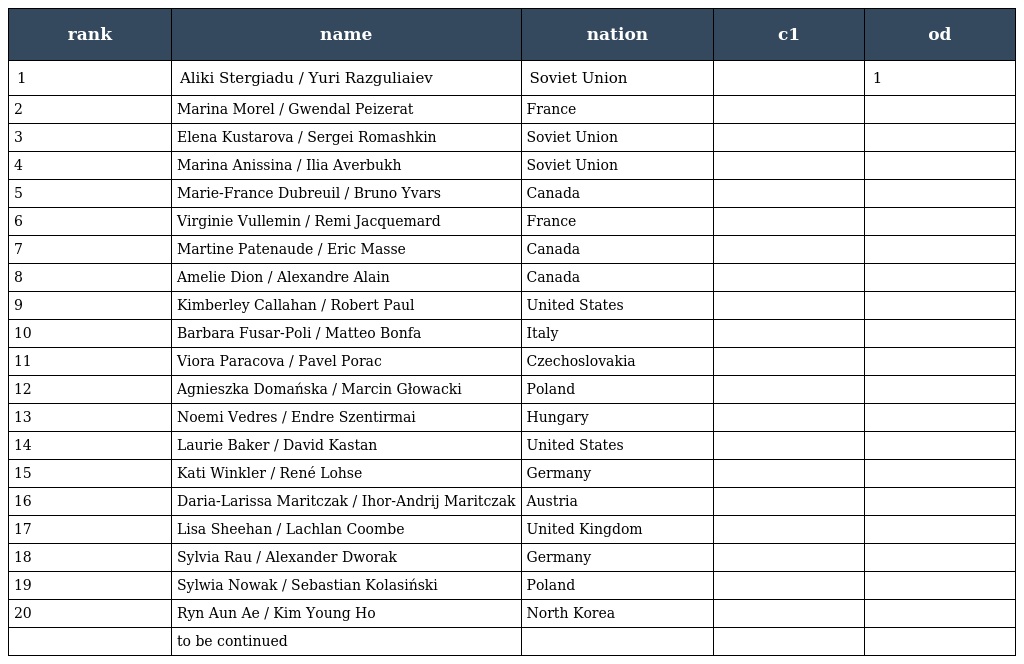
| rank | name | nation | c1 | od |
 | --- | --- | --- | --- | --- |
 | 1 | Aliki Stergiadu / Yuri Razguliaiev | Soviet Union |  | 1 |
 | 2 | Marina Morel / Gwendal Peizerat | France |  |  |
 | 3 | Elena Kustarova / Sergei Romashkin | Soviet Union |  |  |
 | 4 | Marina Anissina / Ilia Averbukh | Soviet Union |  |  |
 | 5 | Marie-France Dubreuil / Bruno Yvars | Canada |  |  |
 | 6 | Virginie Vullemin / Remi Jacquemard | France |  |  |
 | 7 | Martine Patenaude / Eric Masse | Canada |  |  |
 | 8 | Amelie Dion / Alexandre Alain | Canada |  |  |
 | 9 | Kimberley Callahan / Robert Paul | United States |  |  |
 | 10 | Barbara Fusar-Poli / Matteo Bonfa | Italy |  |  |
 | 11 | Viora Paracova / Pavel Porac | Czechoslovakia |  |  |
 | 12 | Agnieszka Domańska / Marcin Głowacki | Poland |  |  |
 | 13 | Noemi Vedres / Endre Szentirmai | Hungary |  |  |
 | 14 | Laurie Baker / David Kastan | United States |  |  |
 | 15 | Kati Winkler / René Lohse | Germany |  |  |
 | 16 | Daria-Larissa Maritczak / Ihor-Andrij Maritczak | Austria |  |  |
 | 17 | Lisa Sheehan / Lachlan Coombe | United Kingdom |  |  |
 | 18 | Sylvia Rau / Alexander Dworak | Germany |  |  |
 | 19 | Sylwia Nowak / Sebastian Kolasiński | Poland |  |  |
 | 20 | Ryn Aun Ae / Kim Young Ho | North Korea |  |  |
 |  | to be continued |  |  |  |